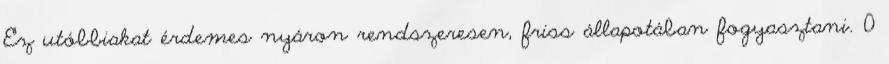
Ez utóbbiakat érdemes nyáron rendszeresen, friss állapotában fogyasztani. 0